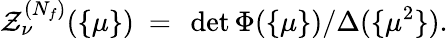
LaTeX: {\cal Z}_{\nu}^{(N_{f})}(\{ \mu\} )~=~\operatorname*{det}\Phi(\{ \mu\} )/\Delta(\{ \mu^{2}\} ).